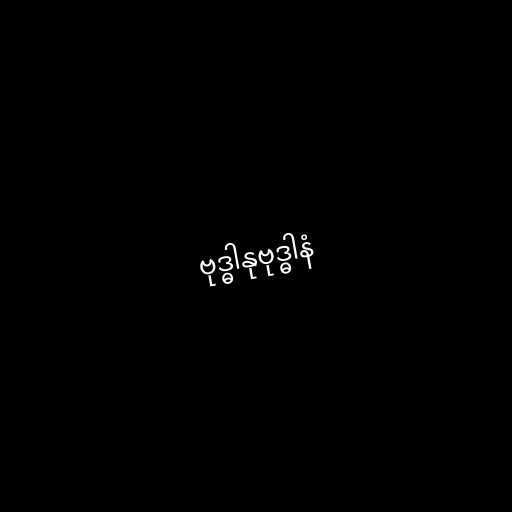
ဗုဒ္ဓါနုဗုဒ္ဓါနံ